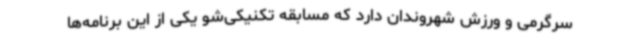
سرگرمی و ورزش شهروندان دارد که مسابقه تکنیکی‌شو یکی از این برنامه‌ها